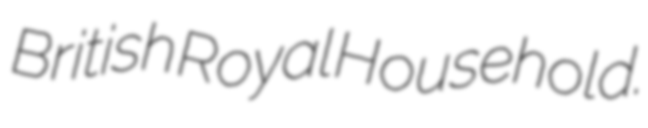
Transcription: British Royal Household.